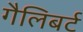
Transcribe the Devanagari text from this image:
गैलिबर्ट